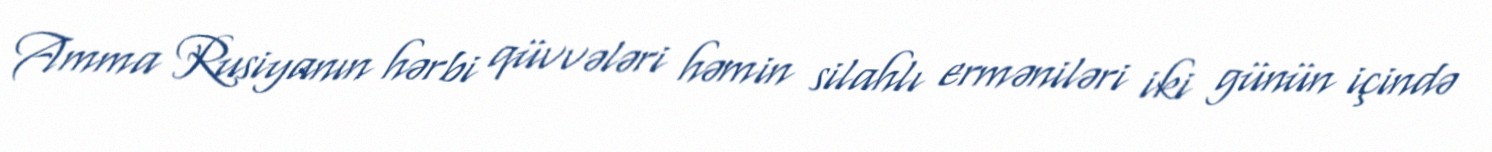
Amma Rusiyanın hərbi qüvvələri həmin silahlı erməniləri iki günün içində